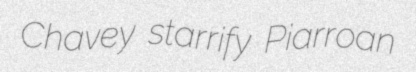
Chavey starrify Piarroan